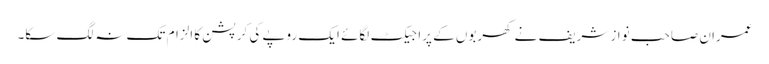
عمران صاحب نواز شریف نے کھربوں کے پراجیکٹ لگائے ایک روپے کی کرپشن کا الزام تک نہ لگ سکا۔